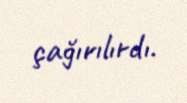
çağırılırdı.